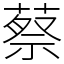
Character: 蔡